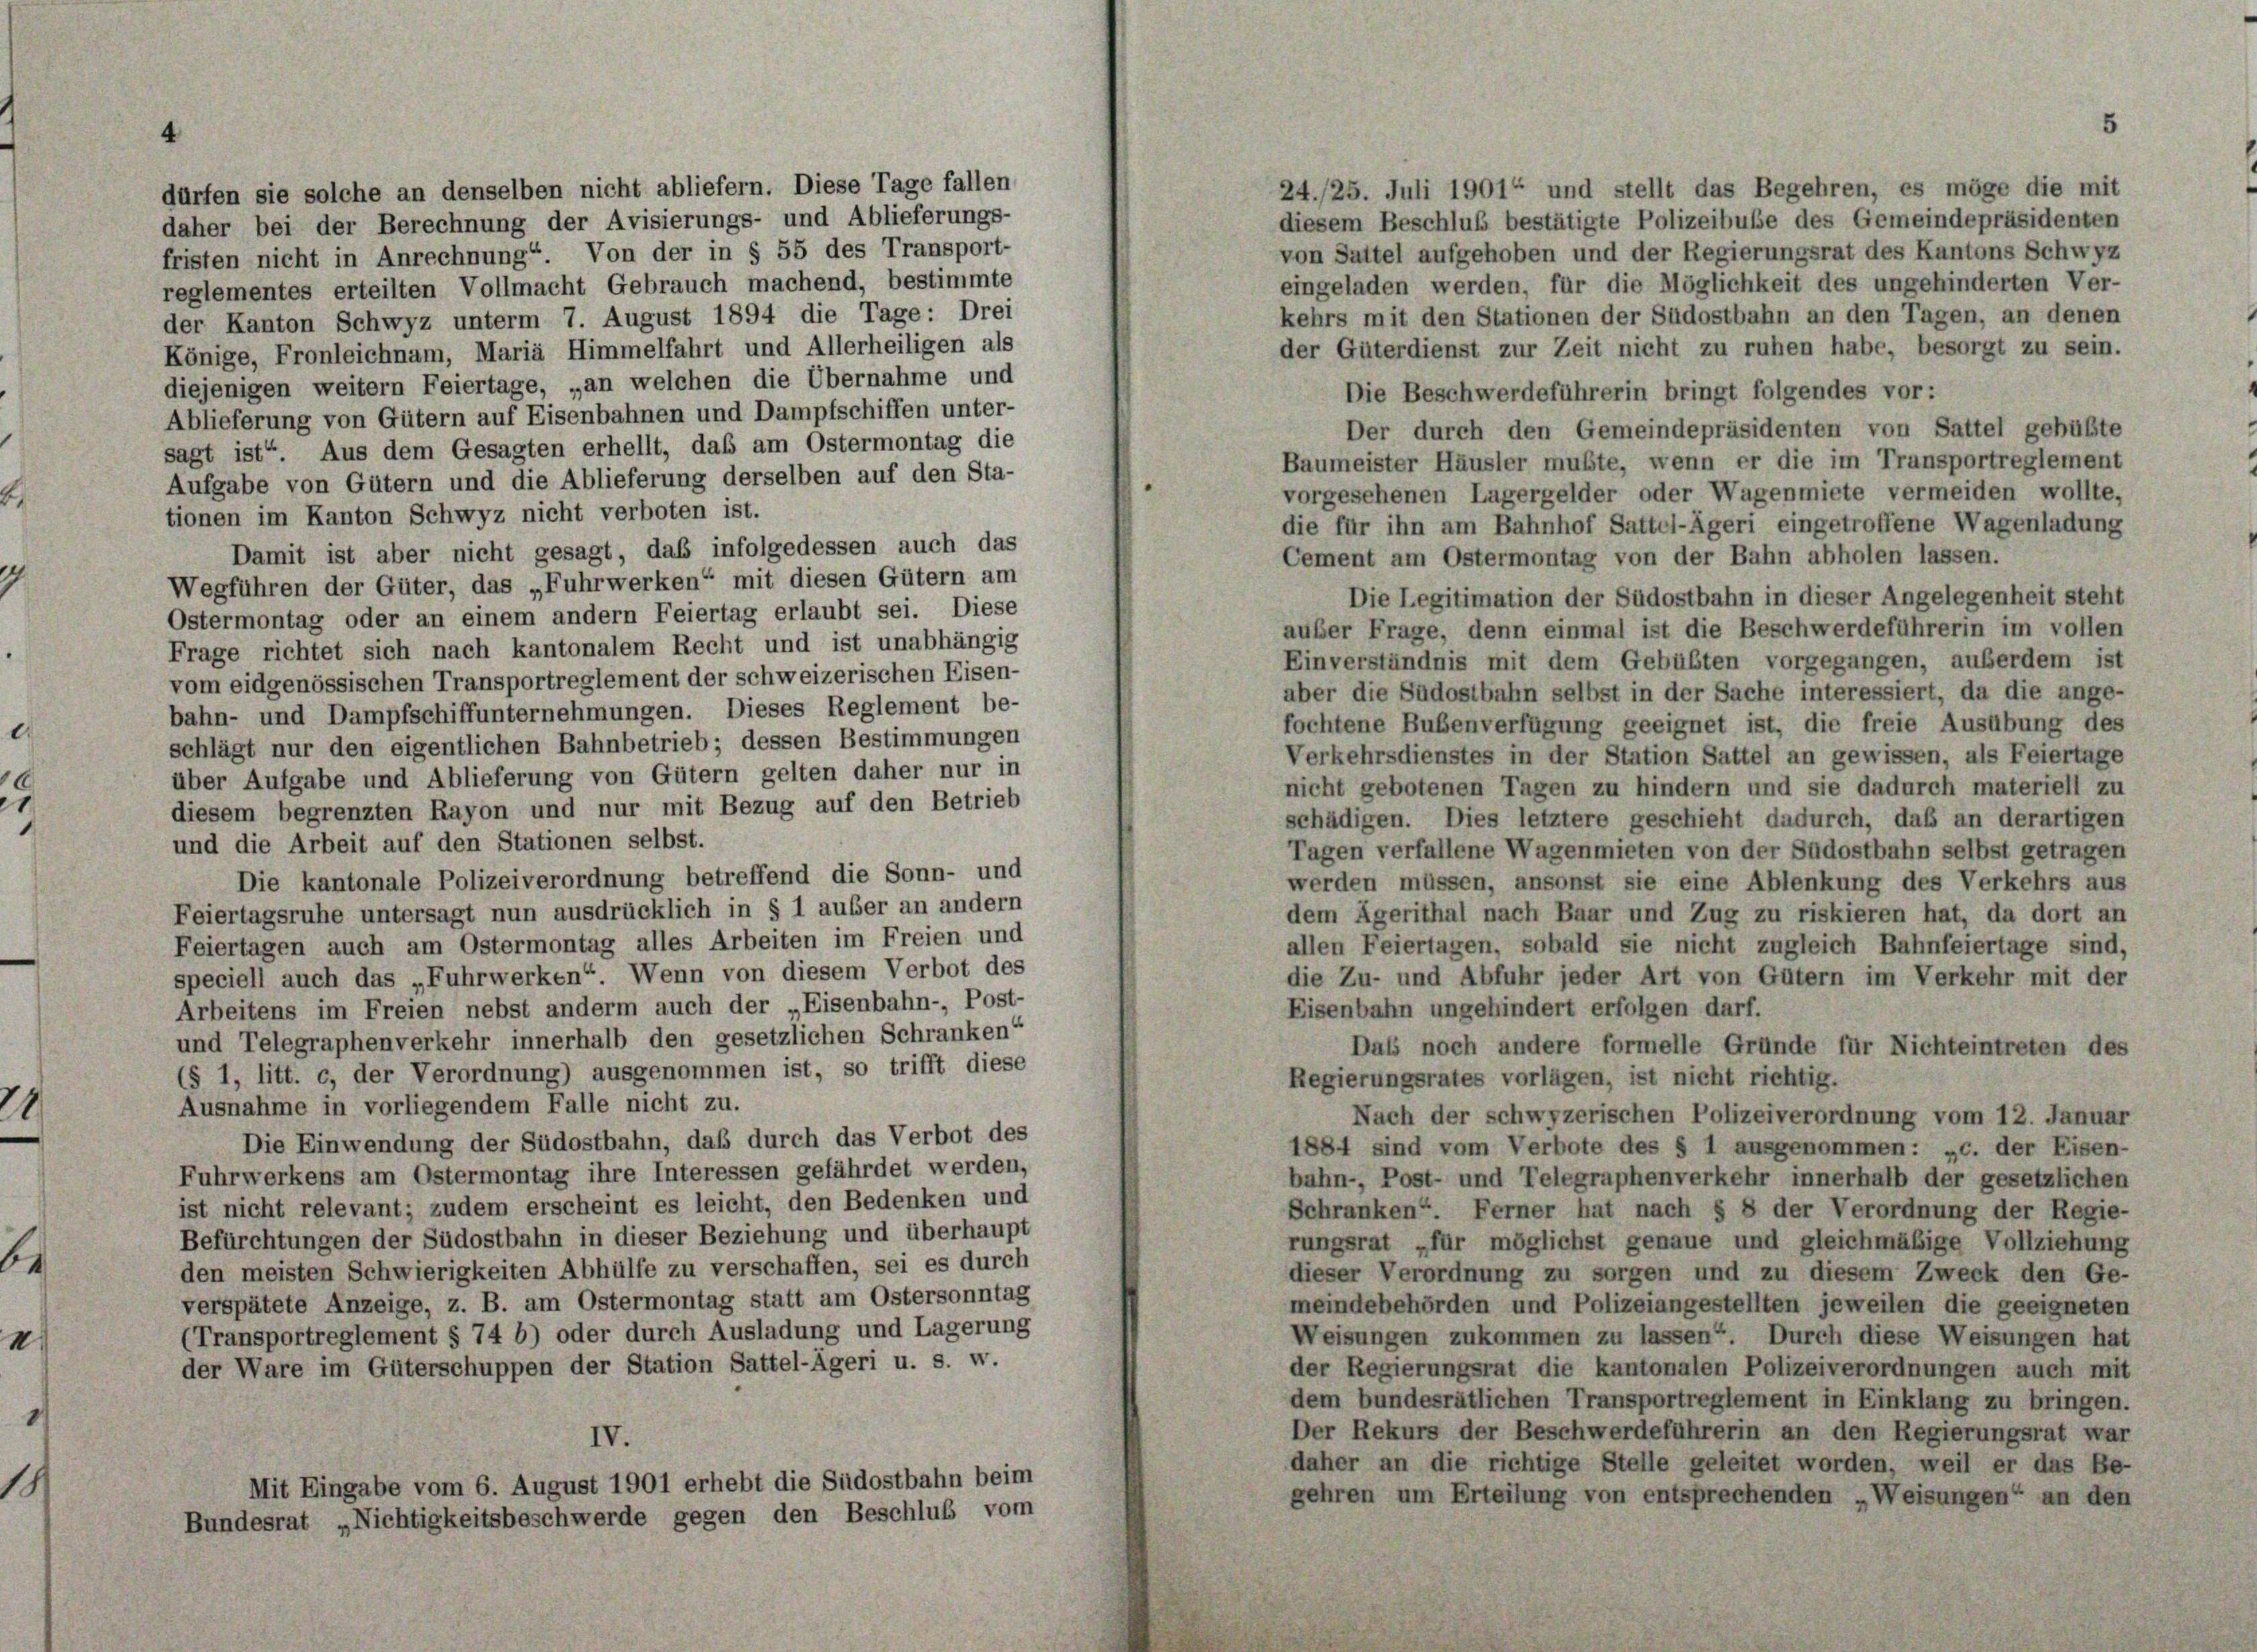
24./25. Juli 1901 und stellt das Begehren, es möge die mit
dürfen sie solche an denselben nicht abliefern. Diese Tage fallen
diesem Beschluß bestätigte Polizeibuße des Gemeindepräsidenten
daher bei der Berechnung der Avisierungs- und Ablieferungs-
von Sattel aufgehoben und der Regierungsrat des Kantons Schwyz
fristen nicht in Anrechnung“ Von der in § 55 des Transport-
eingeladen werden, für die Möglichkeit des ungehinderten Ver-
reglementes erteilten Vollmacht Gebrauch machend, bestimmte
kehrs mit den Stationen der Südostbahn an den Tagen, an denen
der Kanton Schwyz unterm 7. August 1894 die Tage: Drei
der Güterdienst zur Zeit nicht zu ruhen habe, besorgt zu sein.
Könige, Fronleichnam, Mariä Himmelfahrt und Allerheiligen als
diejenigen weitern Feiertage, „an welchen die Übernahme und
Die Beschwerdeführerin bringt folgendes vor:
Ablieferung von Gütern auf Eisenbahnen und Dampfschiffen unter-
Der durch den Gemeindepräsidenten von Sattel gebüßte
sagt ist“ Aus dem Gesagten erhellt, daß am Ostermontag die
Baumeister Häusler mußte, wenn er die im Transportreglement
Aufgabe von Gütern und die Ablieferung derselben auf den Sta-
vorgesehenen Lagergelder oder Wagenmiete vermeiden wollte,
tionen im Kanton Schwyz nicht verboten ist.
die für ihn am Bahnhof Sattel-Ägeri eingetroffene Wagenladung
Damit ist aber nicht gesagt, daß infolgedessen auch das
Cement am Ostermontag von der Bahn abholen lassen.
Wegführen der Güter, das „Fuhrwerken“ mit diesen Gütern am
Die Legitimation der Südostbahn in dieser Angelegenheit steht
Ostermontag oder an einem andern Feiertag erlaubt sei. Diese
auber Frage, denn einmal ist die Beschwerdeführerin im vollen
Frage richtet sich nach kantonalem Recht und ist unabhängig
Einverständnis mit dem Gebübten vorgegangen, außerdem ist
vom eidgenössischen Transportreglement der schweizerischen Eisen-
aber die Südostbahn selbst in der Sache interessiert, da die ange-
bahn- und Dampfschiffunternehmungen. Dieses Reglement be-
fochtene Bubenverfügung geeignet ist, die freie Ausübung des
schlägt nur den eigentlichen Bahnbetrieb; dessen Bestimmungen
Verkehrsdienstes in der Station Sattel an gewissen, als Feiertage
über Aufgabe und Ablieferung von Gütern gelten daher nur in
nicht gebotenen Tagen zu hindern und sie dadurch materiell zu
diesem begrenzten Rayon und nur mit Bezug auf den Betrieb
schädigen. Dies letztere geschieht dadurch, daß an derartigen
und die Arbeit auf den Stationen selbst.
Tagen verfallene Wagenmieten von der Südostbahn selbst getragen
Die kantonale Polizeiverordnung betreffend die Sonn- und
werden müssen, ansonst sie eine Ablenkung des Verkehrs aus
Feiertagsruhe untersagt nun ausdrücklich in § 1 außer an andern
dem Ägerithal nach Baar und Zug zu riskieren hat, da dort an
Feiertagen auch am Ostermontag alles Arbeiten im Freien und
allen Feiertagen, sobald sie nicht zugleich Bahnfeiertage sind,
speciell auch das „Fuhrwerken“. Wenn von diesem Verbot des
die Zu- und Abfuhr jeder Art von Gütern im Verkehr mit der
Arbeitens im Freien nebst anderm auch der „Eisenbahn-, Post-
Eisenbahn ungehindert erfolgen darf.
und Telegraphenverkehr innerhalb den gesetzlichen Schranken“
Dass noch andere formelle Gründe für Nichteintreten des
(§ 1, litt. c, der Verordnung) ausgenommen ist, so trifft diese
Regierungsrates vorlägen, ist nicht richtig.
Ausnahme in vorliegendem Falle nicht zu.
Nach der schwyzerischen Polizeiverordnung vom 12. Januar
Die Einwendung der Südostbahn, daß durch das Verbot des
1884 sind vom Verbote des § 1 ausgenommen: „c. der Eisen-
Fuhrwerkens am Ostermontag ihre Interessen gefährdet werden,
bahn-, Post- und Telegraphenverkehr innerhalb der gesetzlichen
ist nicht relevant; zudem erscheint es leicht, den Bedenken und
Schranken“ Ferner hat nach § 8 der Verordnung der Regie-
Befürchtungen der Südostbahn in dieser Beziehung und überhaupt
rungsrat „für möglichst genaue und gleichmäßige Vollziehung
den meisten Schwierigkeiten Abhülfe zu verschaffen, sei es durch
dieser Verordnung zu sorgen und zu diesem Zweck den Ge-
verspätete Anzeige, z. B. am Ostermontag statt am Ostersonntag
meindebehörden und Polizeiangestellten jeweilen die geeigneten
(Transportreglement § 74 b) oder durch Ausladung und Lagerung
Weisungen zukommen zu lassen“. Durch diese Weisungen hat
der Ware im Güterschuppen der Station Sattel-Ägeri u. s. w.
der Regierungsrat die kantonalen Polizeiverordnungen auch mit
dem bundesrätlichen Transportreglement in Einklang zu bringen.
Der Rekurs der Beschwerdeführerin an den Regierungsrat war
IV.
daher an die richtige Stelle geleitet worden, weil er das Be-
Mit Eingabe vom 6. August 1901 erhebt die Südostbahn beim
gehren um Erteilung von entsprechenden „Weisungen“ an den
Bundesrat „Nichtigkeitsbeschwerde gegen den Beschluß vom